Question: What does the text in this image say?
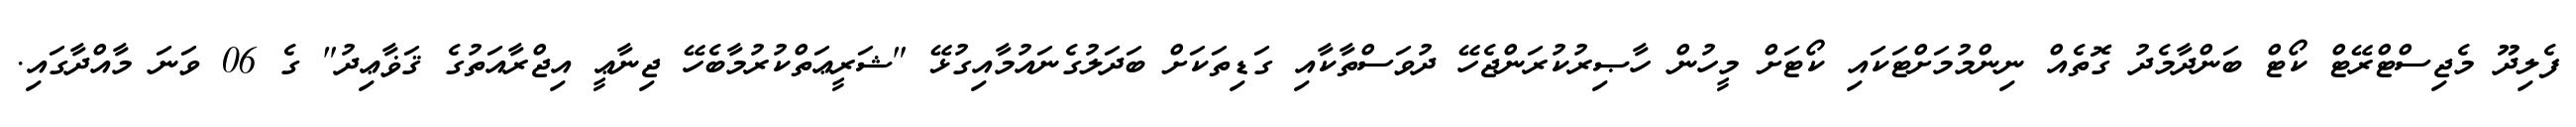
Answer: ފެލިދޫ މެޖިސްޓްރޭޓް ކޯޓް ބަންދާމެދު ގޮތެއް ނިންމުމަށްޓަކައި ކޯޓަށް މީހުން ހާޞިރުކުރަންޖެހޭ ދުވަސްތާކާއި ގަޑިތަކަށް ބަދަލުގެނައުމާއިގުޅޭ "ޝަރީޢަތްކުރުމާބެހޭ ޖިނާޢީ އިޖްރާއަތުގެ ޤަޥާޢިދު" ގެ 06 ވަނަ މާއްދާގައި.